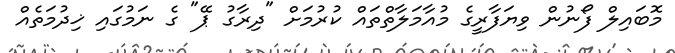
މޮބައިލް ފޯނުން ވިޔަފާރީގެ މުއާމަލާތްތައް ކުރުމަށް "ދިރާގު ޕޭ" ގެ ނަމުގައި ޚިދުމަތެއް